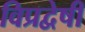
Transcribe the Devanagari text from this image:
विप्रद्वेषी